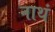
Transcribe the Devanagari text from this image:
नाथं